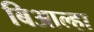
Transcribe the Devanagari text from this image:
बिआल्हा